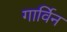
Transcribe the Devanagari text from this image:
गार्विन